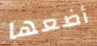
أضعها